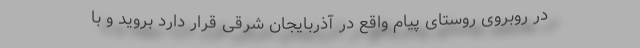
در روبروی روستای پیام واقع در آذربایجان شرقی قرار دارد بروید و با